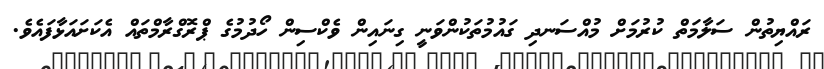
ރައްޔިތުން ސަލާމަތް ކުރުމަށް މުއްސަނދި ގައުމުތަކުންވަނީ ގިނައިން ވެކްސިން ހޯދުމުގެ ޕްރޮގްރާމްތައް އެކަށައަޅާފައެވެ.